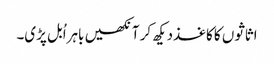
اثاثوں کا کاغذدیکھ کر آنکھیں باہراُبل پڑی۔